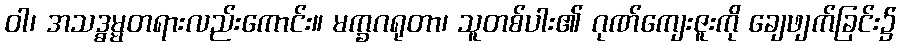
ဝါ၊ အသဒ္ဓမ္မတရားလည်းကောင်း။ မက္ခဂရုတာ၊ သူတစ်ပါး၏ ဂုဏ်ကျေးဇူးကို ချေဖျက်ခြင်း၌